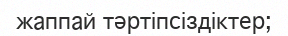
жаппай тәртіпсіздіктер;